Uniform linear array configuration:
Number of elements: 24
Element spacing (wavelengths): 1
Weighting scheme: blackman
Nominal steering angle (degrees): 45
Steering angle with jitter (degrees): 44.548
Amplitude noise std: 0.05
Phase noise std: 0.05

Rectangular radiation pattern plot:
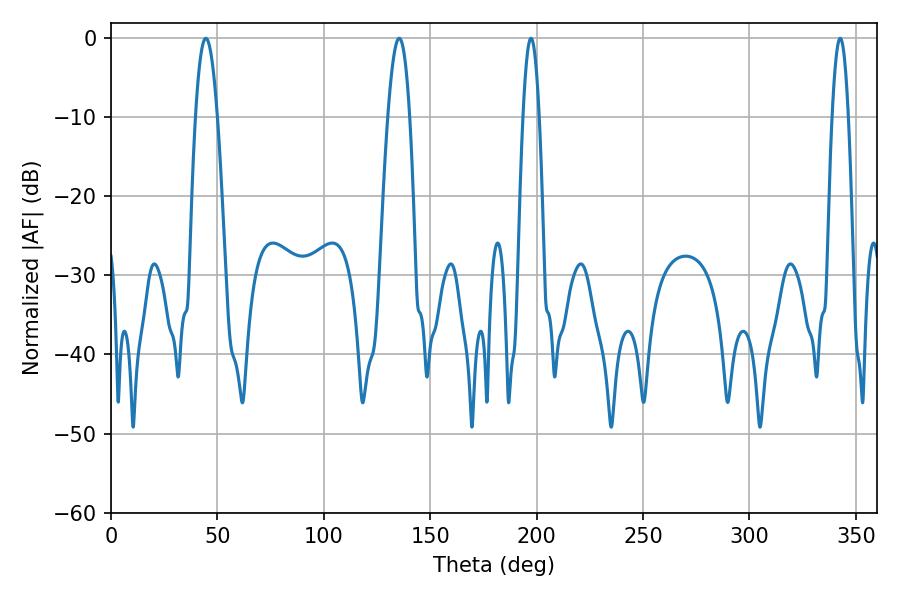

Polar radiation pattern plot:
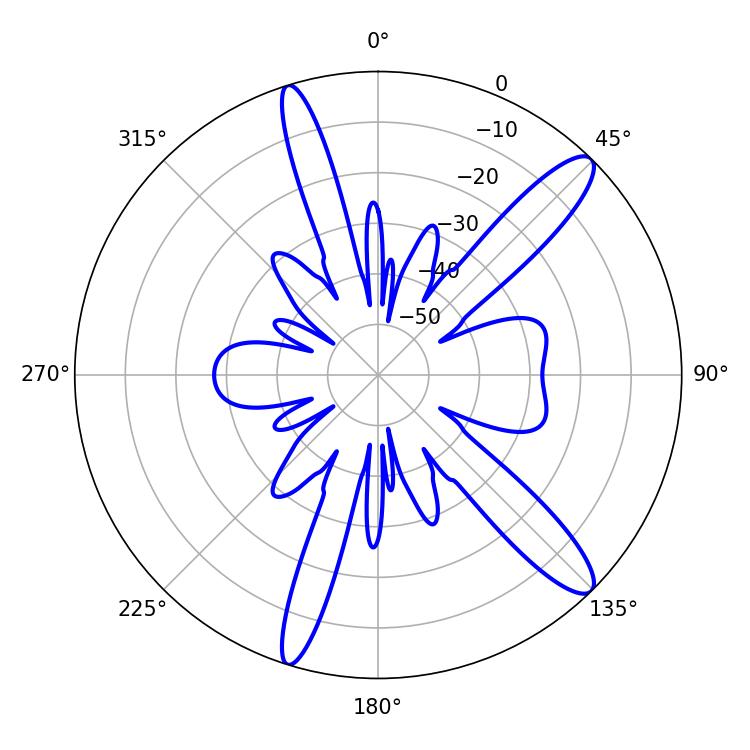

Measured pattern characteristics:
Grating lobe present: TRUE
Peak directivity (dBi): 12.872
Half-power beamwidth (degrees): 5.76
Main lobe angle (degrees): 44.64